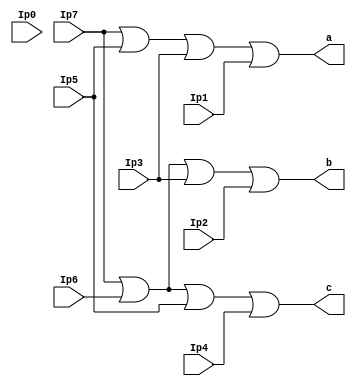
module encoder8to3(Ip0,Ip1,Ip2,Ip3,Ip4,Ip5,Ip6,Ip7,a,b,c); 
     input Ip0,Ip1,Ip2,Ip3,Ip4,Ip5,Ip6,Ip7;
     output a,b,c;
     
       or(c,Ip7,Ip6,Ip5,Ip4);
       or(b,Ip7,Ip6,Ip3,Ip2);
       or(a,Ip7,Ip5,Ip3,Ip1);

endmodule

module encoder8to3_tb();
  reg Ip0,Ip1,Ip2,Ip3,Ip4,Ip5,Ip6,Ip7;
  wire Op0,Op1,Op2;
  encoder8to3 c(Ip0,Ip1,Ip2,Ip3,Ip4,Ip5,Ip6,Ip7,Op0,Op1,Op2);

 initial begin
    #0 Ip0 = 1; Ip1=0; Ip2=0; Ip3=0; Ip4=0; Ip5=0; Ip6=0; Ip7=0;
    #1 Ip0 = 0; Ip1=1; Ip2=0; Ip3=0; Ip4=0; Ip5=0; Ip6=0; Ip7=0;
    #2 Ip0 = 0; Ip1=0; Ip2=1; Ip3=0; Ip4=0; Ip5=0; Ip6=0; Ip7=0;
    #3 Ip0 = 0; Ip1=0; Ip2=0; Ip3=1; Ip4=0; Ip5=0; Ip6=0; Ip7=0;
    #4 Ip0 = 0; Ip1=0; Ip2=0; Ip3=0; Ip4=1; Ip5=0; Ip6=0; Ip7=0;
    #5 Ip0 = 0; Ip1=0; Ip2=0; Ip3=0; Ip4=0; Ip5=1; Ip6=0; Ip7=0;
    #6 Ip0 = 0; Ip1=0; Ip2=0; Ip3=0; Ip4=0; Ip5=0; Ip6=1; Ip7=0;
    #7 Ip0 = 0; Ip1=0; Ip2=0; Ip3=0; Ip4=0; Ip5=0; Ip6=0; Ip7=1;
  end  
      
  initial begin
      $display("Input : 0|1|2|3|4|5|6|7 ----> Output : 0|1|2");
      $display("----------------------------------------------");
      $monitor("Input : %b|%b|%b|%b|%b|%b|%b|%b ----> Output : %b|%b|%b",Ip0,Ip1,Ip2,Ip3,Ip4,Ip5,Ip6,Ip7,Op0,Op1,Op2);
      $dumpfile("8x3encoder.vcd");
      $dumpvars(0,encoder8to3_tb);
  end
endmodule